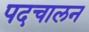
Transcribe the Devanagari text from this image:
पदचालन